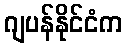
ဂျပန်နိုင်ငံက